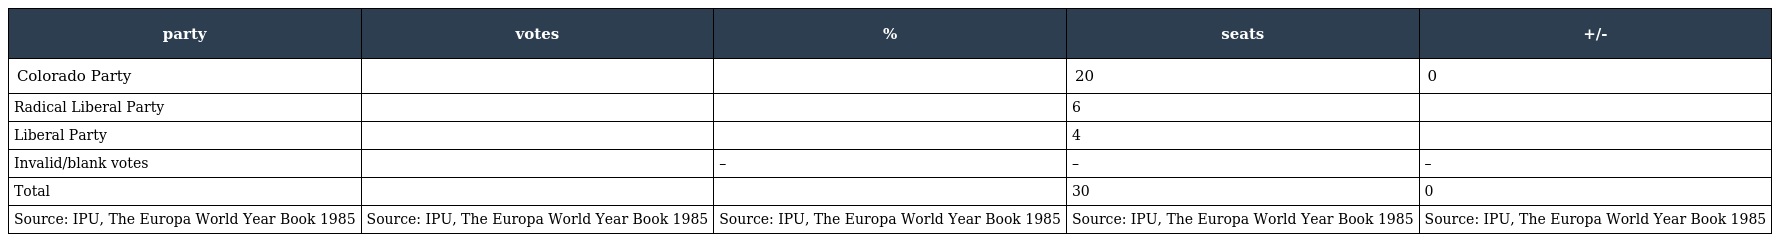
| party | votes | % | seats | +/- |
 | --- | --- | --- | --- | --- |
 | Colorado Party |  |  | 20 | 0 |
 | Radical Liberal Party |  |  | 6 |  |
 | Liberal Party |  |  | 4 |  |
 | Invalid/blank votes |  | – | – | – |
 | Total |  |  | 30 | 0 |
 | Source: IPU, The Europa World Year Book 1985 | Source: IPU, The Europa World Year Book 1985 | Source: IPU, The Europa World Year Book 1985 | Source: IPU, The Europa World Year Book 1985 | Source: IPU, The Europa World Year Book 1985 |